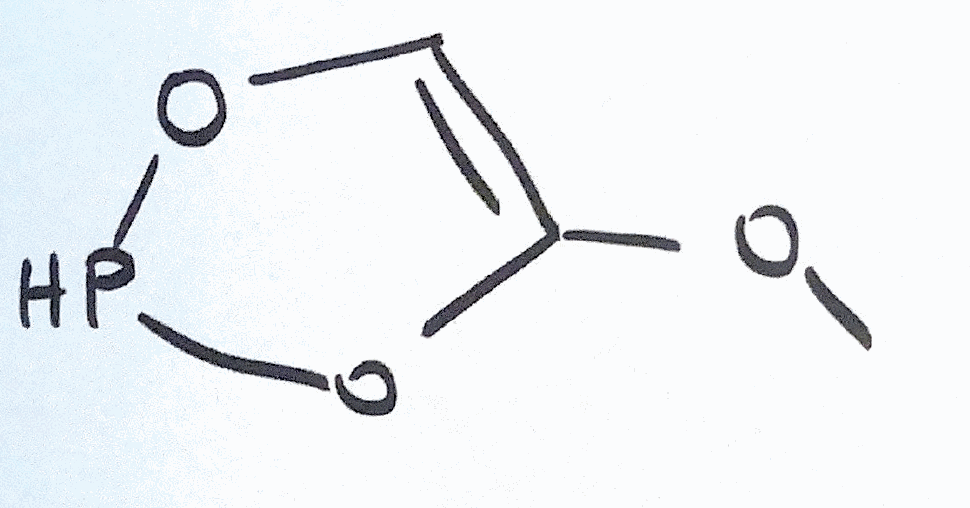
Simplified molecular-input line-entry system (SMILES) notation of the given molecule:
COC1=COPO1